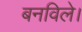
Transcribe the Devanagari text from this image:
बनविले।